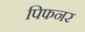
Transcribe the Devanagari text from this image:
पिफनर